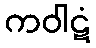
ကဝါဋံ